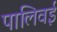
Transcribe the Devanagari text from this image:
पालिवई